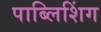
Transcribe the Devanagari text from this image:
पाब्लिशिंग